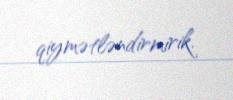
qiymətləndirmirik.